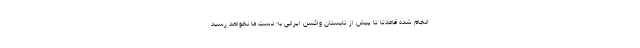
انجام شده قاعدتا تا پیش از تابستان واکسن ایرانی به دست ما نخواهد رسید